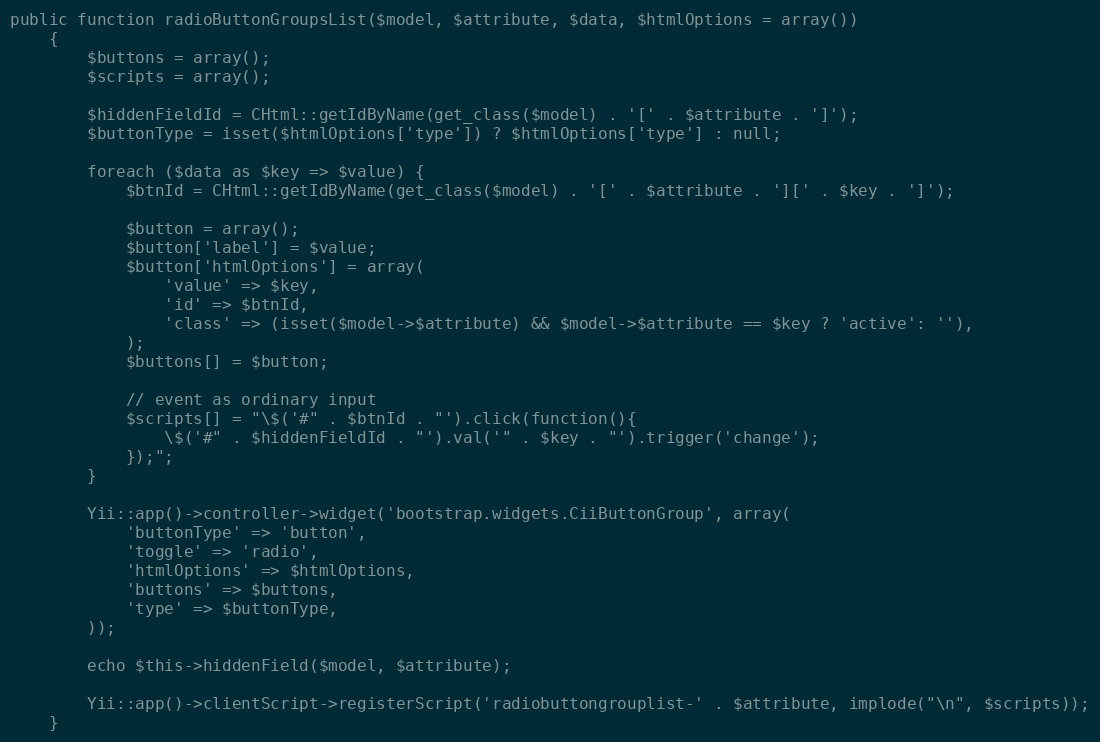
Language: PHP
public function radioButtonGroupsList($model, $attribute, $data, $htmlOptions = array())
	{
		$buttons = array();
		$scripts = array();

		$hiddenFieldId = CHtml::getIdByName(get_class($model) . '[' . $attribute . ']');
		$buttonType = isset($htmlOptions['type']) ? $htmlOptions['type'] : null;

		foreach ($data as $key => $value) {
			$btnId = CHtml::getIdByName(get_class($model) . '[' . $attribute . '][' . $key . ']');

			$button = array();
			$button['label'] = $value;
			$button['htmlOptions'] = array(
				'value' => $key,
				'id' => $btnId,
				'class' => (isset($model->$attribute) && $model->$attribute == $key ? 'active': ''),
			);
			$buttons[] = $button;

			// event as ordinary input
			$scripts[] = "\$('#" . $btnId . "').click(function(){
                \$('#" . $hiddenFieldId . "').val('" . $key . "').trigger('change');
            });";
		}

		Yii::app()->controller->widget('bootstrap.widgets.CiiButtonGroup', array(
			'buttonType' => 'button',
			'toggle' => 'radio',
			'htmlOptions' => $htmlOptions,
			'buttons' => $buttons,
			'type' => $buttonType,
		));

		echo $this->hiddenField($model, $attribute);

		Yii::app()->clientScript->registerScript('radiobuttongrouplist-' . $attribute, implode("\n", $scripts));
	}